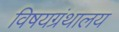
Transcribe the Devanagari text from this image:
विषयग्रंथालय